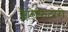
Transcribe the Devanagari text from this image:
क्लैरिफिटोरी